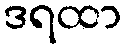
ဒရထာ